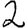
Digit: 2